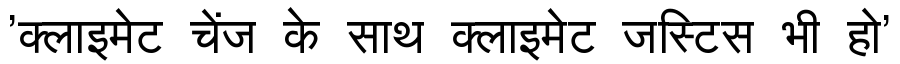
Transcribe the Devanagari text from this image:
'क्लाइमेट चेंज के साथ क्लाइमेट जस्टिस भी हो'